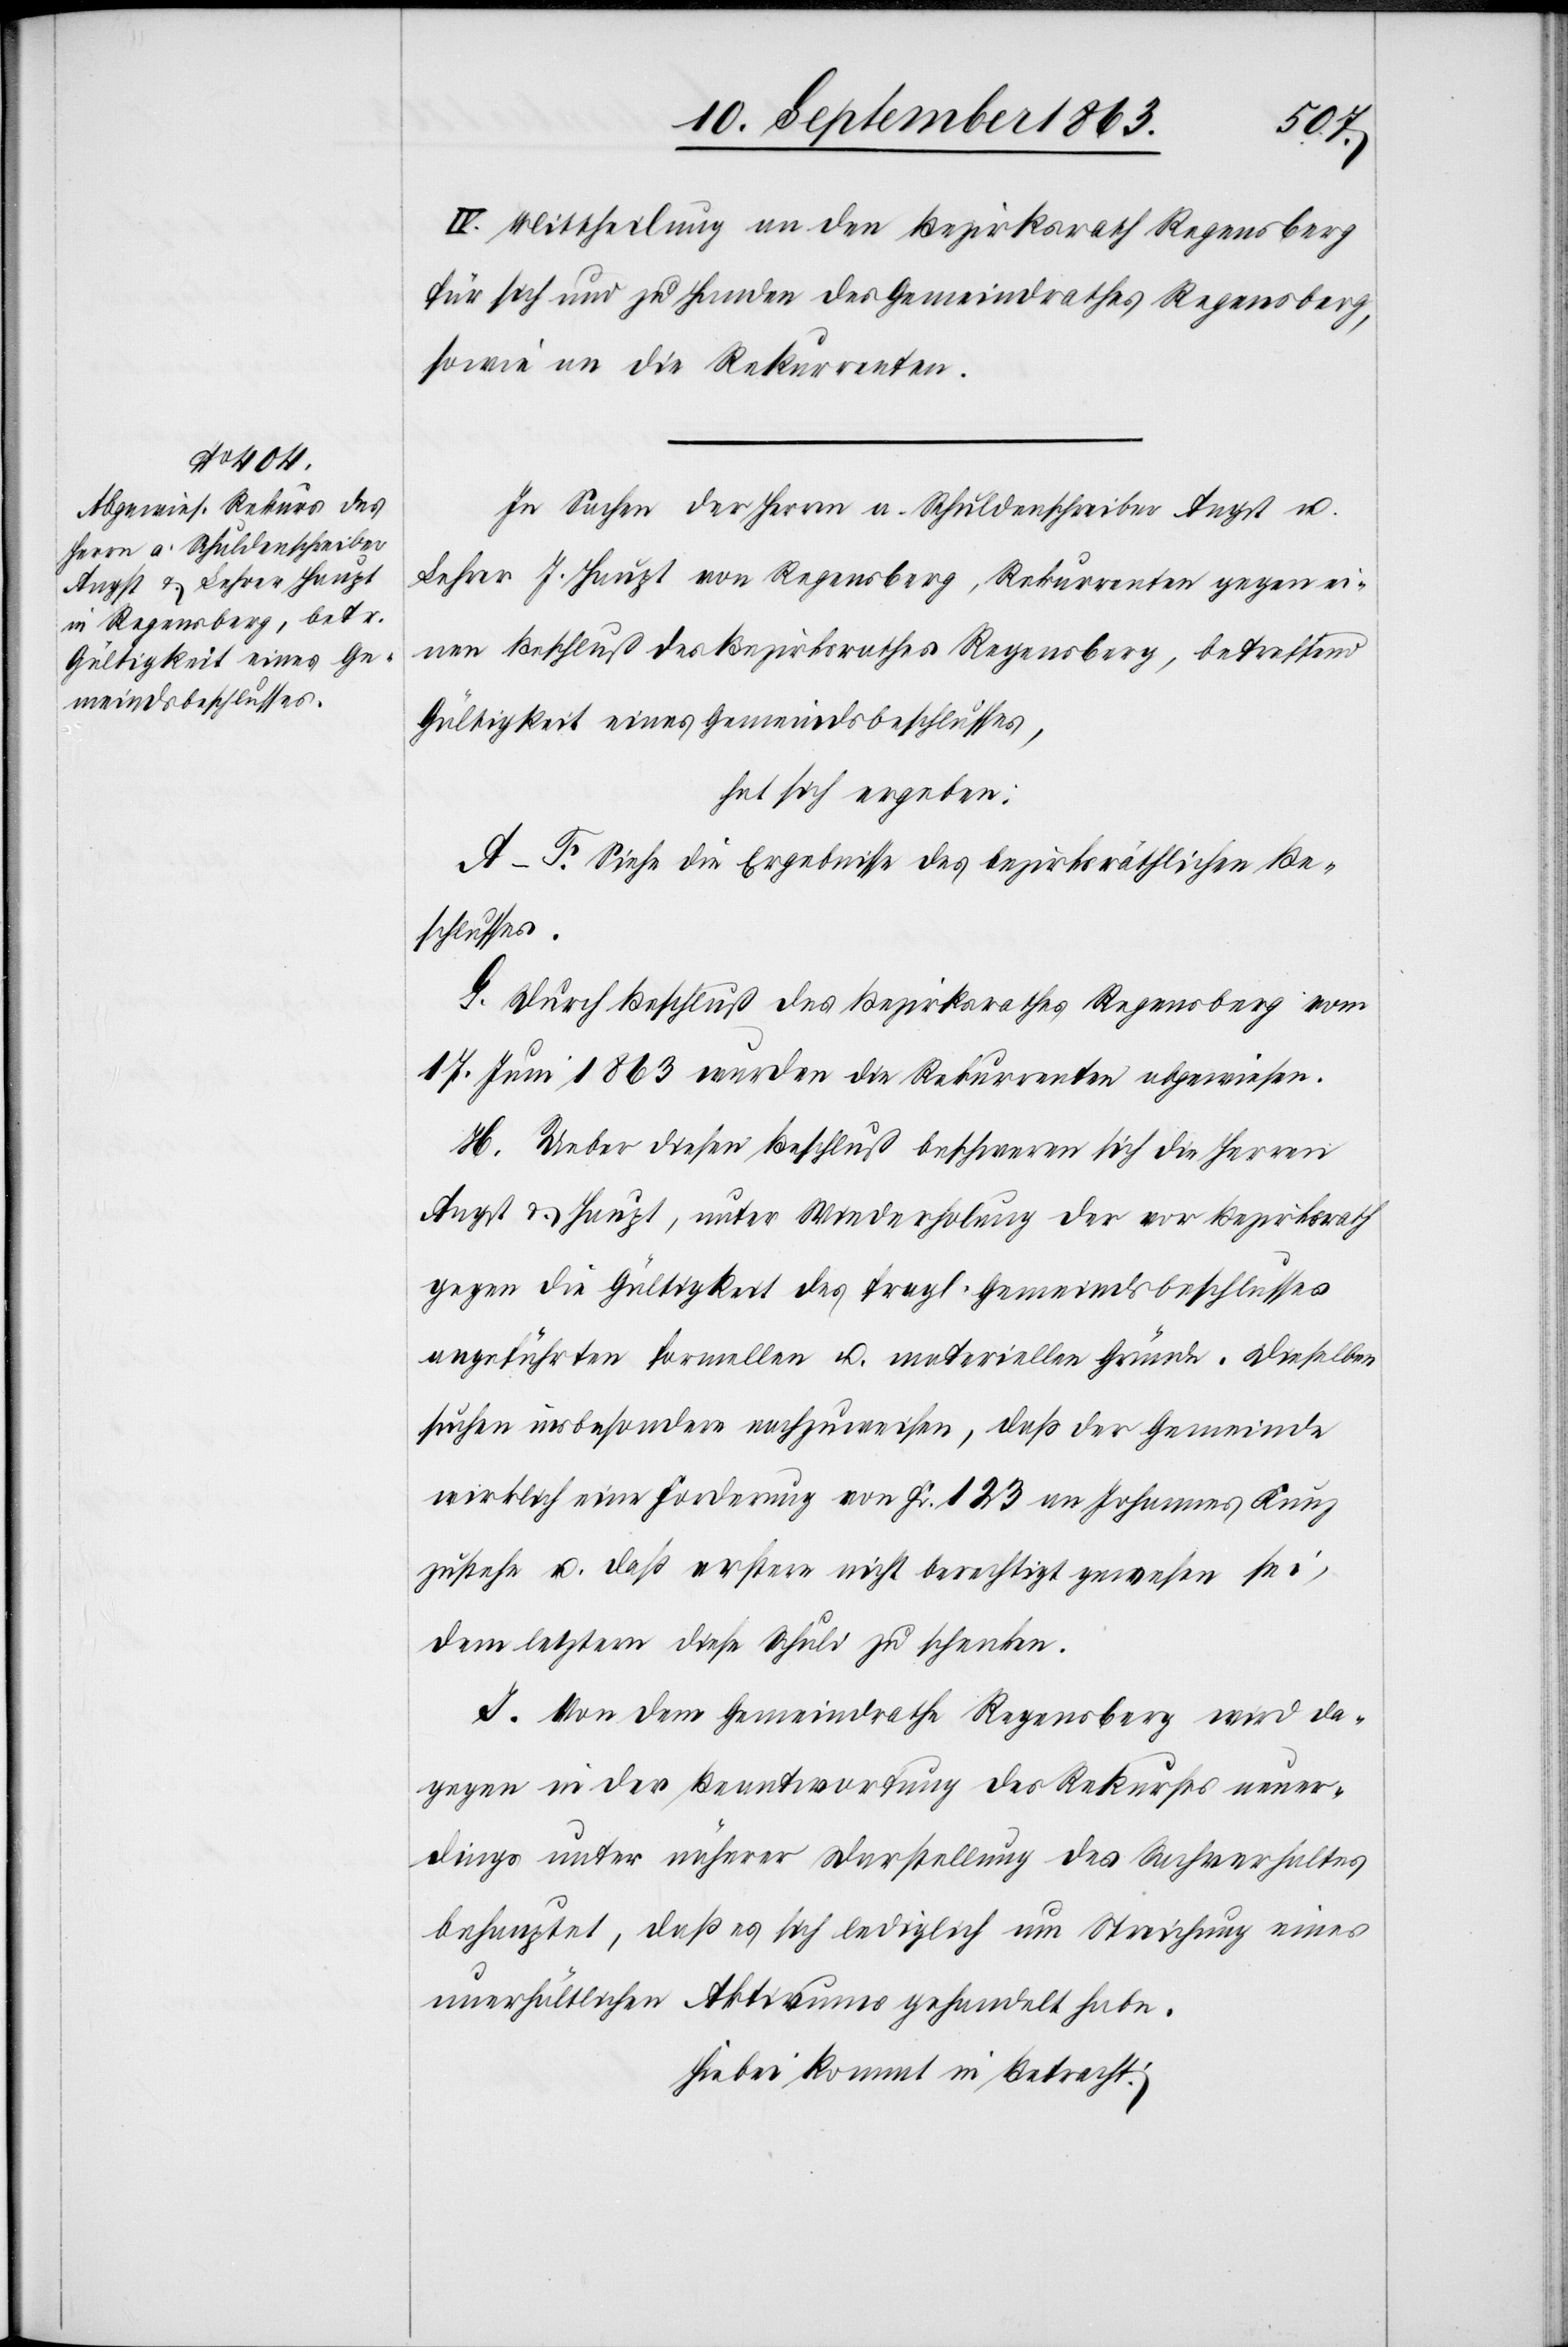
IV. Mittheilung an den Bezirksrath Regensberg
für sich und zu Handen des Gemeindrathes Regensberg,
sowie an die Rekurrenten.
In Sachen der Herren a. Schuldenschreiber Angst u.
Lehrer J. Haupt von Regensberg, Rekurrenten gegen ei¬
nen Beschluß des Bezirksrathes Regensberg, betreffend
Gültigkeit eines Gemeindsbeschlusses,
hat sich ergeben:
A–F. Siehe die Ergebnisse des bezirksräthlichen Be¬
schlusses.
G. Durch Beschluß des Bezirksrathes Regensberg vom
17. Juni 1863 wurden die Rekurrenten abgewiesen.
H. Ueber diesen Beschluß beschweren sich die Herren
Angst & Haupt, unter Wiederholung der vor Bezirksrath
gegen die Gültigkeit des fragl. Gemeindsbeschlusses
angeführten formellen u. materiellen Gründe. Dieselben
suchen insbesondere nachzuweisen, daß der Gemeinde
wirklich eine Forderung von Fr. 123 an Johannes Kunz
zustehe u. daß erstere nicht berechtigt gewesen sei,
dem letztern diese Schuld zu schenken.
I. Von dem Gemeindrathe Regensberg wird da¬
gegen in der Beantwortung des Rekurses neuer¬
dings unter näherer Darstellung des Sachverhaltes
behauptet, das es sich lediglich um Streichung eines
unerhältlichen Aktivums gehandelt habe.
Hiebei kommt in Betracht: